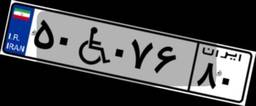
۵۰W۰۷۶۸۰